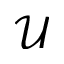
\mathcal { U }